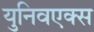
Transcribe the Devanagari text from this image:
युनिवएक्स